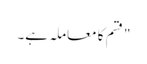
" قسم کا معاملہ ہے۔